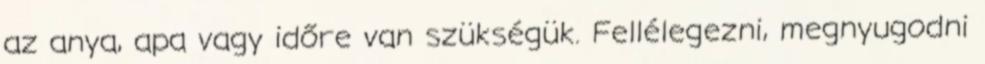
az anya, apa vagy időre van szükségük. Fellélegezni, megnyugodni